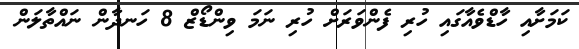
ކަމަށާއި ހާޑްވެއާގައި ހުރި ފެންވަރަށް ހުރި ނަމަ ވިންޑޯޒް 8 ހަނދާން ނައްތާލަން